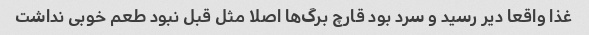
غذا واقعا دیر رسید و سرد بود قارچ برگ‌ها اصلا مثل قبل نبود طعم خوبی نداشت